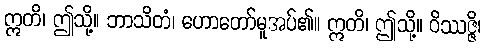
ဣတိ၊ ဤသို့။ ဘာသိတံ၊ ဟောတော်မူအပ်၏။ ဣတိ၊ ဤသို့။ ဝိဿဇ္ဇိ၊